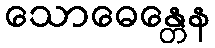
သောဓေန္တေန